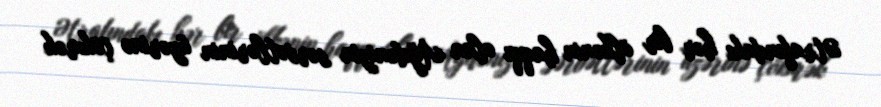
Ətrafındakı hər bir ölkənin haqqı olan Ağdənizin sərvətlərinin üzərinə çökmək